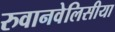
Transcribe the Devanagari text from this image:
रुवानवेलिसीया